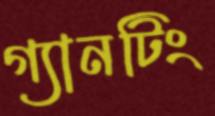
গ্যানটিং